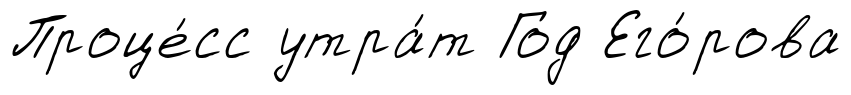
Проце́сс утра́т Год Его́рова